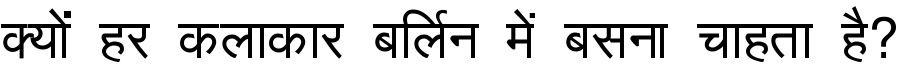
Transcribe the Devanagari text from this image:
क्यों हर कलाकार बर्लिन में बसना चाहता है?